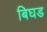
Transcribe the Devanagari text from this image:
बिघड